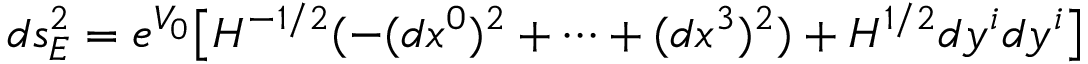
d s _ { E } ^ { 2 } = e ^ { V _ { 0 } } \big [ H ^ { - 1 / 2 } ( - ( d x ^ { 0 } ) ^ { 2 } + \cdots + ( d x ^ { 3 } ) ^ { 2 } ) + H ^ { 1 / 2 } d y ^ { i } d y ^ { i } \big ]